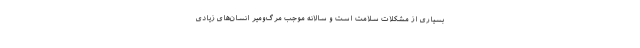
بسیاری از مشکلات سلامت است و سالانه موجب مرگ‌ومیر انسان‌های زیادی